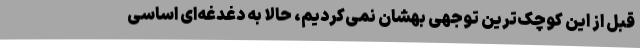
قبل از این کوچک‌ترین توجهی بهشان نمی‌کردیم، حالا به دغدغه‌ای اساسی